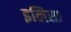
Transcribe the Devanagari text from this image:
इलिसा